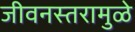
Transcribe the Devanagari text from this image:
जीवनस्तरामुळे